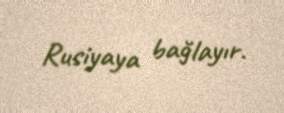
Rusiyaya bağlayır.